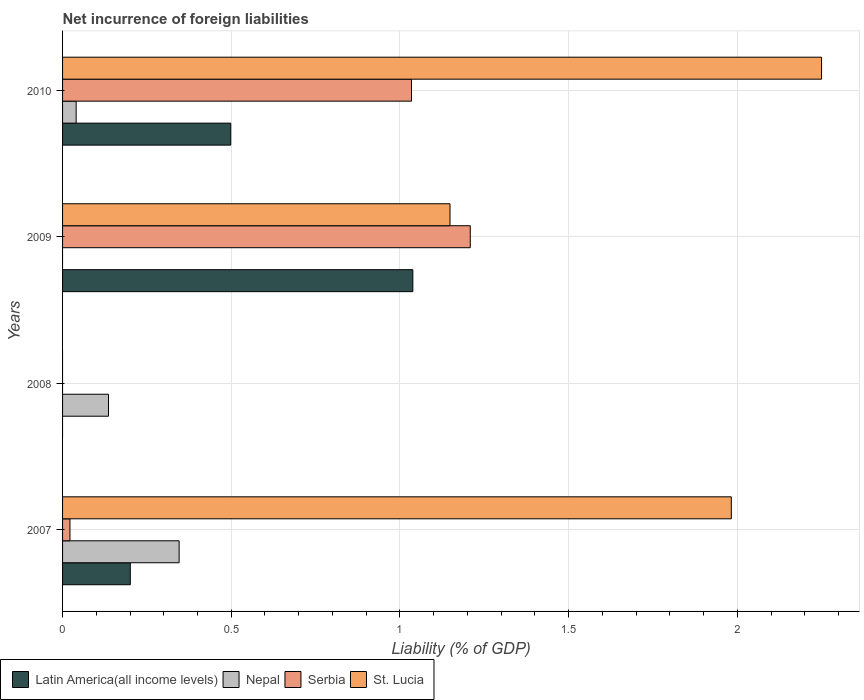
| Years | Latin America(all income levels) | Nepal | Serbia | St. Lucia |
 | --- | --- | --- | --- | --- |
 | 2007 | 0.201 | 0.346 | 0.0219 | 1.98 |
 | 2008 | -0.27 | 0.136 | -0.0933 | -0.143 |
 | 2009 | 1.04 | -0.0153 | 1.21 | 1.15 |
 | 2010 | 0.498 | 0.0403 | 1.03 | 2.25 |